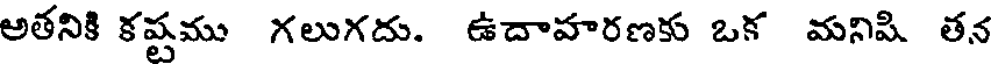
అతనికి కష్టము గలుగదు. ఉదాహరణకు ఒక మనిషి తన